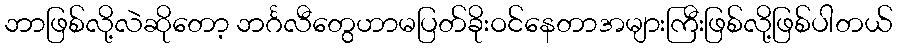
ဘာဖြစ်လို့လဲဆိုတော့ ဘင်္ဂလီတွေဟာမပြတ်ခိုးဝင်နေတာအများကြီးဖြစ်လို့ဖြစ်ပါတယ်